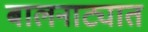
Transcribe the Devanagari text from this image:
बालनाट्यात